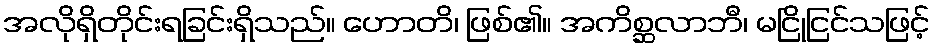
အလိုရှိတိုင်းရခြင်းရှိသည်။ ဟောတိ၊ ဖြစ်၏။ အကိစ္ဆလာဘီ၊ မငြိုငြင်သဖြင့်